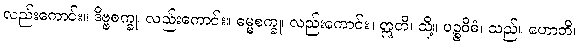
လည်းကောင်း။ ဒိဗ္ဗစက္ခု၊ လည်းကောင်း။ ဓမ္မစက္ခု၊ လည်းကောင်း။ ဣတိ၊ သို့။ ပဉ္စဝိဓံ၊ သည်။ ဟောတိ၊